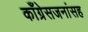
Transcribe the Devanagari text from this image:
काँग्रेसजनांसह